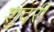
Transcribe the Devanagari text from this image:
शुंदरी